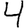
Digit: 4